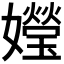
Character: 𪦯